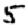
Digit: 5